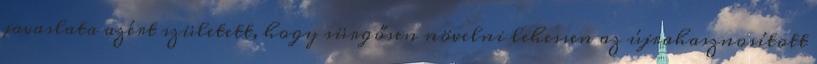
javaslata azért született, hogy sürgősen növelni lehessen az újrahasznosított